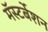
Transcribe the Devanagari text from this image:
मॅस्टर्बेशन